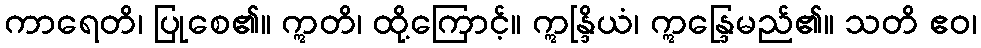
ကာရေတိ၊ ပြုစေ၏။ ဣတိ၊ ထို့ကြောင့်။ ဣန္ဒြိယံ၊ ဣန္ဒြေမည်၏။ သတိ ဧဝ၊